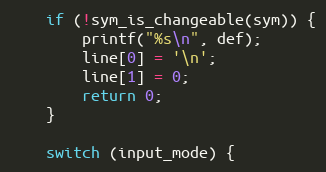
Language: C
	if (!sym_is_changeable(sym)) {
		printf("%s\n", def);
		line[0] = '\n';
		line[1] = 0;
		return 0;
	}

	switch (input_mode) {